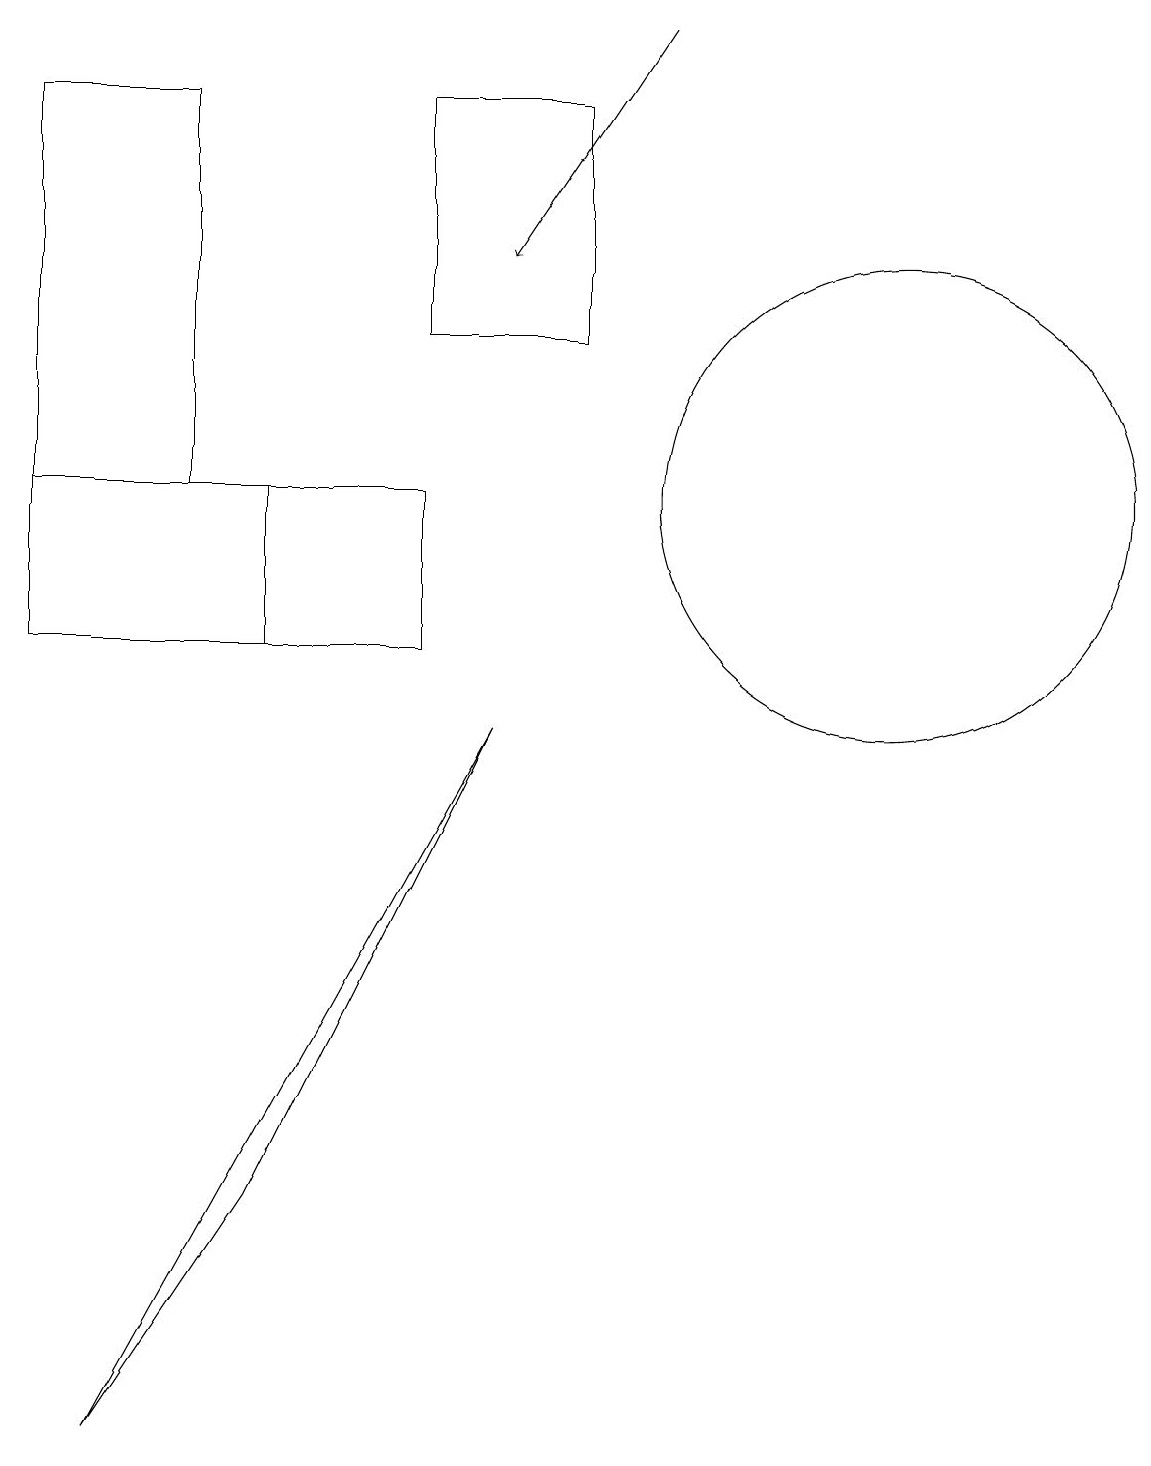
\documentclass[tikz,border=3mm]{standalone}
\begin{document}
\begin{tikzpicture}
\draw (0,12) rectangle (2,17);
\draw (5,10) rectangle (0,12);
\draw (5,17) rectangle (7,14);
\draw (11,12) circle (0);
\draw (6,9) -- (3,3) -- (1,0) -- cycle;
\draw (3,12) rectangle (3,10);
\draw (11,12) circle (3);
\draw[->] (8,18) -- (6,15);
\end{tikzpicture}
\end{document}